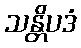
သန္တိပဒံ